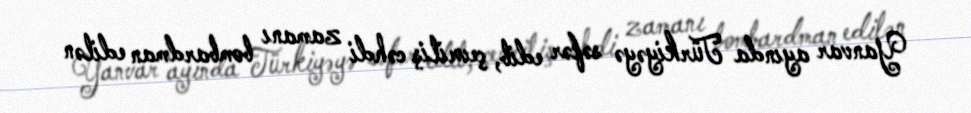
Yanvar ayında Türkiyəyə səfər edib, çevriliş cəhdi zamanı bombardman edilən